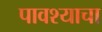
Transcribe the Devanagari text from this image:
पावश्याचा